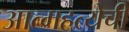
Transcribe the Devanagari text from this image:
आत्महत्येची